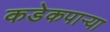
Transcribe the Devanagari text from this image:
कडेकपाऱ्या